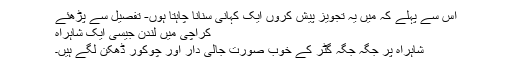
اس سے پہلے کہ میں یہ تجویز پیش کروں ایک کہانی سنانا چاہتا ہوں- تفصیل سے پڑھئے
کراچی میں لندن جیسی ایک شاہراہ
شاہراہ پر جگہ جگہ گٹر کے خوب صورت جالی دار اور چوکور ڈھکن لگے ہیں۔